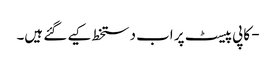
- کاپی پیسٹ پر اب دستخط کیے گئے ہیں۔